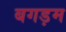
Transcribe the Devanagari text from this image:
बगड़म